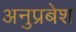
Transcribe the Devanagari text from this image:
अनुप्रबेश